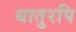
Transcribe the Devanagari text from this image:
धातुरपि